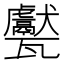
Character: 𱰕